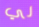
لي